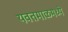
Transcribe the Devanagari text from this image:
यवतमाळमध्ये